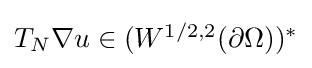
{\textstyle T_{N}\nabla u\in (W^{1/2,2}(\partial \Omega ))^{*}}